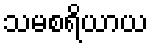
သမစရိယာယ